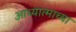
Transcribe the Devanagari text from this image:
आध्यात्माच्या